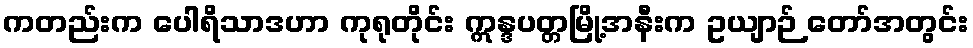
ကတည်းက ပေါရိသာဒဟာ ကုရုတိုင်း ဣန္ဒပတ္တမြို့အနီးက ဥယျာဉ် တော်အတွင်း